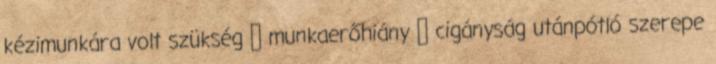
kézimunkára volt szükség  munkaerőhiány  cigányság utánpótló szerepe